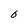
Character: 0